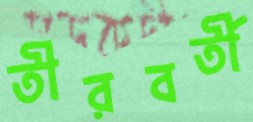
তীরবর্তী